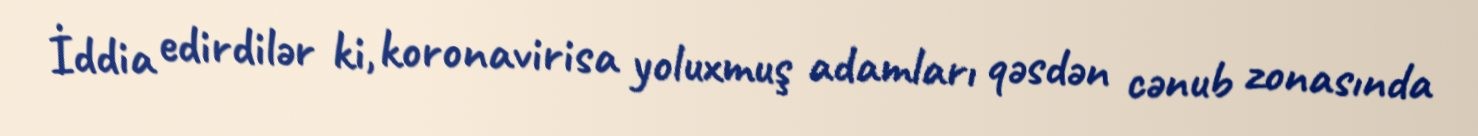
İddia edirdilər ki, koronavirisa yoluxmuş adamları qəsdən cənub zonasında